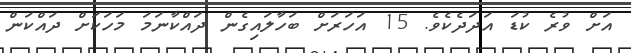
އަށް ވުރެ ކުޑަ އަދަދެކެވެ. 15 އަހަރަށް ބަހާލައިގެން ދައްކާނަމަ މަހަކަށް ދައްކަން